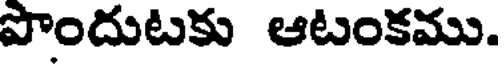
పొందుటకు ఆటంకము.